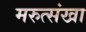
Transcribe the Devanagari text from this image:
मरुत्संखा